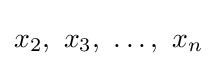
x_{2},\ x_{3},\ \ldots ,\ x_{n}